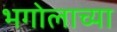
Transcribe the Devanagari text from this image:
भगोलाच्या